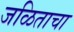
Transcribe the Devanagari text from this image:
जळिताचा